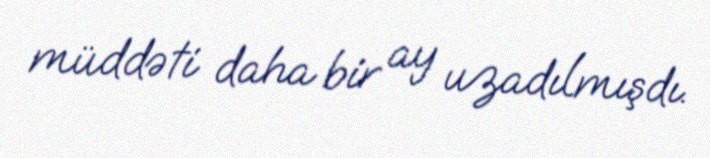
müddəti daha bir ay uzadılmışdı.